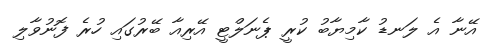
އޭނާ އެ ލަނޑު ކާމިޔާބު ކުރީ ޕެނަލްޓީ އޭރިއާ ބޭރުގައި ހުރެ ފޮނުވާލި